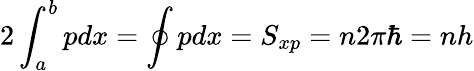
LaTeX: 2\int_{a}^{b}pdx=\oint pdx=S_{xp}=n2\pi\hbar=nh